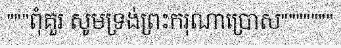
"""ពុំគួរ សូមទ្រង់ព្រះករុណាប្រោស"""""""